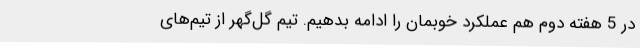
در 5 هفته دوم هم عملکرد خوبمان را ادامه بدهیم. تیم گل‌گهر از تیم‌های